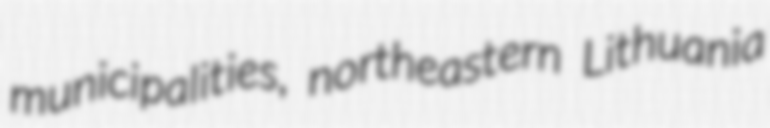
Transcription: municipalities, northeastern Lithuania